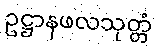
ဥဋ္ဌာနဖလသုတ္တံ